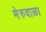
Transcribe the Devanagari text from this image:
मेरुवाळा